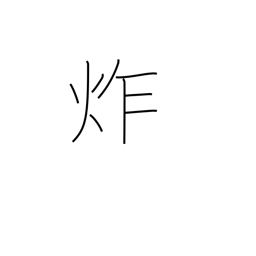
Meaning: frying